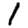
Digit: 1